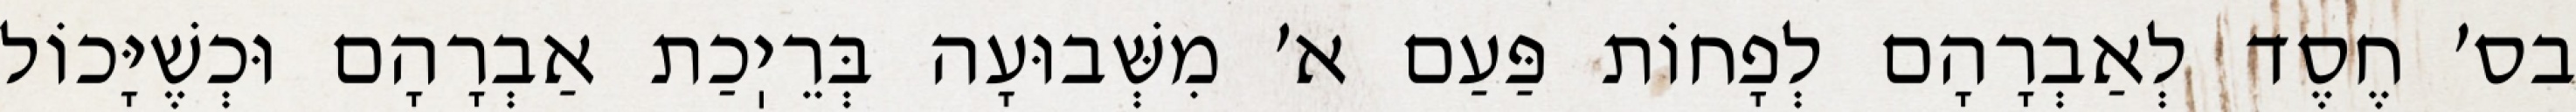
בס׳ חֶסֶד לְאַבְרָהָם לְפָחוֹת פַּעַם א׳ מִשְּׁבוּעָה בְּרֵיֽכַת אַבְרָהָם וּכְשֶׁיָּכוֹל